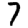
Digit: 7